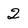
Character: 2